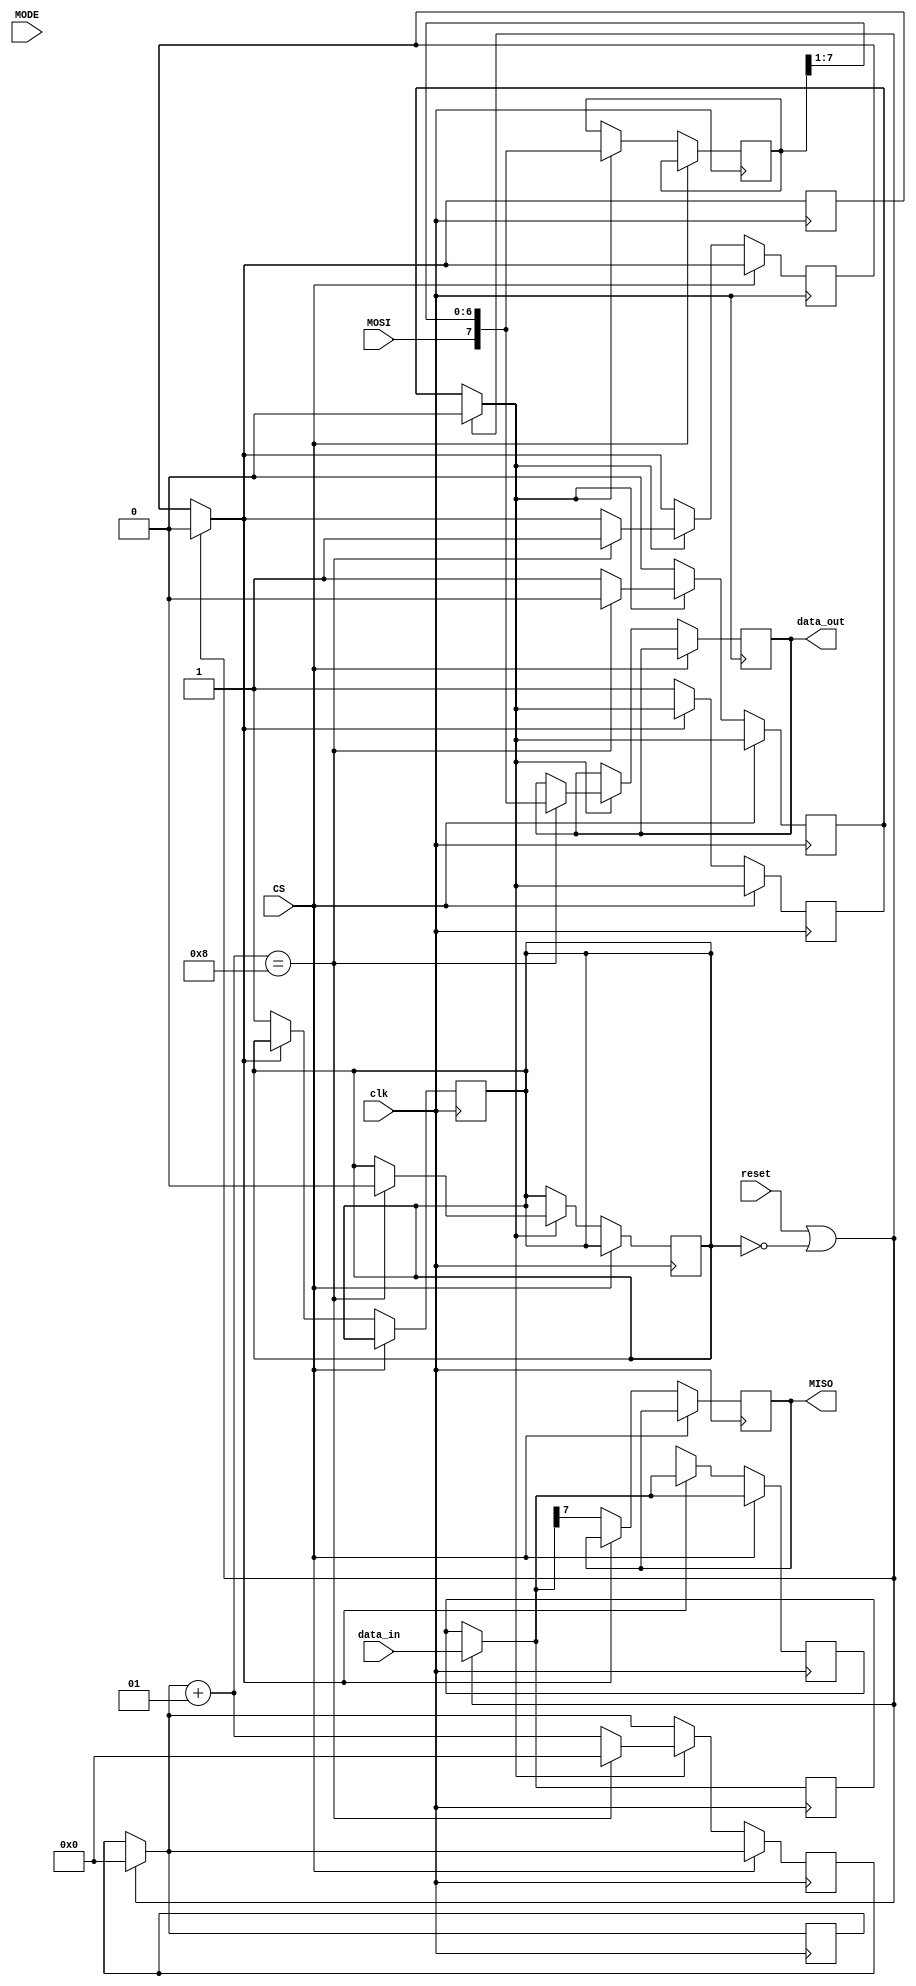
module slave (MODE, data_in, reset, clk, MOSI, MISO, CS, data_out);
  
  input[1:0] MODE;
  input [7:0] data_in;
  input reset;
  input clk;
  input MOSI;
  output reg MISO;
  input CS;
  output reg [7:0] data_out;
  reg entered=0;

  reg [7:0] R_data;
  reg [7:0] T_data; 
  reg done;//
  integer count=0;
  reg is_read=0;
//wire sclk;
//assign sclk= (MODE==2'b00||MODE==2'b11)?~clk:clk;
  always@(posedge clk)
    begin
//if(MODE==2'b00||MODE==2'b11)
//begin
      if((reset||!is_read))
        begin
          T_data=data_in;
          count=0;
          entered=0;
          done=0;
        end
//end
      if(!CS)
        begin
    //if(MODE==2'b00||MODE==2'b11)
    //  begin
          if(entered)
            begin
              R_data={MOSI,R_data[7:1]};
              count=count+1;  
              if(count==8)
                begin 
                  count=0;
                  entered=0; 
                  data_out=R_data;
                  is_read=0;
                  done=1; 
                end
            end 
    //  end
    /*else if(MODE==2'b10||MODE==2'b01)
      if(!done)
        begin       
        MISO=T_data[7];
        T_data={T_data[6:0],1'bx};   
        entered=1;
        is_read=1; 
        end*/
        end
    end
  always@(negedge clk)
    begin
/*if(MODE==2'b01||MODE==2'b10)
begin*/
      if((reset||!is_read))
        begin
          T_data=data_in;
          count=0;
          entered=0;
          done=0;
        end
//end
      if(!CS)
        begin 
          if(!done)
            begin       
              MISO=T_data[7];
              T_data={T_data[6:0],1'bx};   
              entered=1;
              is_read=1; 
            end
          end
    end

endmodule